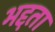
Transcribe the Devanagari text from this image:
भद्दता